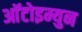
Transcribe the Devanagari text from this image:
आॅटोइम्युन